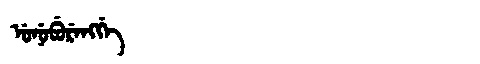
Manchu: ᡠᠨᡠᠪᡠᡵᡝᠩᡤᡝ
Romanization: UNUBURENGGE